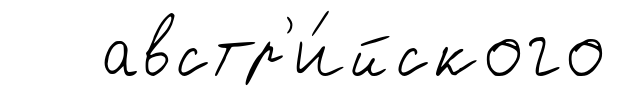
австр'и́йского